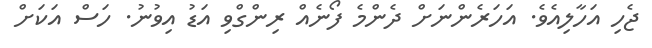
ޖެހި އަހާލިއެވެ. އަހަރެންނަށް ދެންމެ ފޯނެއް ރިންގްވި އަޑު އިވުނު. ހަސް އަކަށް